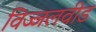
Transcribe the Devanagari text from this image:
विज्जलवीड